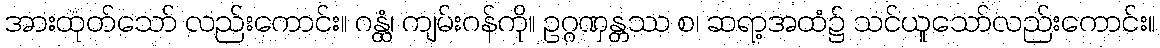
အားထုတ်သော် လည်းကောင်း။ ဂန္ထံ၊ ကျမ်းဂန်ကို။ ဥဂ္ဂဏှန္တဿ စ၊ ဆရာ့အထံ၌ သင်ယူသော်လည်းကောင်း။